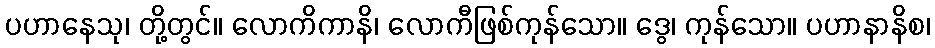
ပဟာနေသု၊ တို့တွင်။ လောကိကာနိ၊ လောကီဖြစ်ကုန်သော။ ဒွေ၊ ကုန်သော။ ပဟာနာနိစ၊